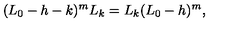
( L _ { 0 } - h - k ) ^ { m } L _ { k } = L _ { k } ( L _ { 0 } - h ) ^ { m } ,